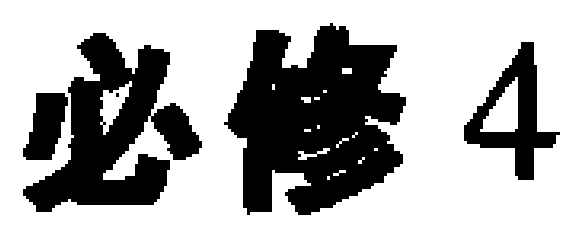
必修4